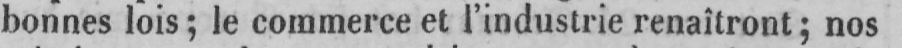
bonnes lois; le commerce et l’industrie renaîtront; nos